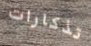
تذكارات